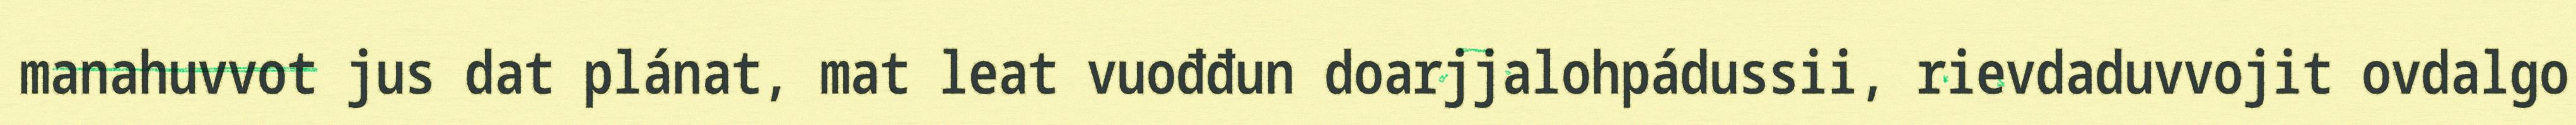
manahuvvot jus dat plánat, mat leat vuođđun doarjjalohpádussii, rievdaduvvojit ovdalgo